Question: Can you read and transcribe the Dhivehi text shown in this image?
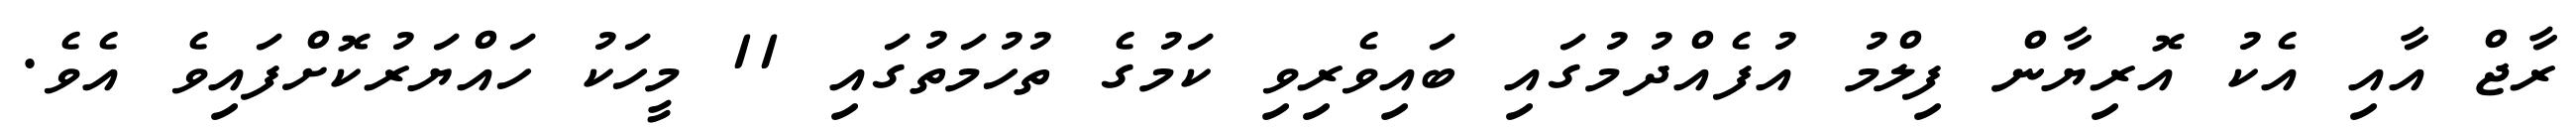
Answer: ރާޖް އާއި އެކު އޮރިޔާން ފިލްމު އުފެއްދުމުގައި ބައިވެރިވި ކަމުގެ ތުހުމަތުގައި 11 މީހަކު ހައްޔަރުކޮށްފައިވެ އެވެ.